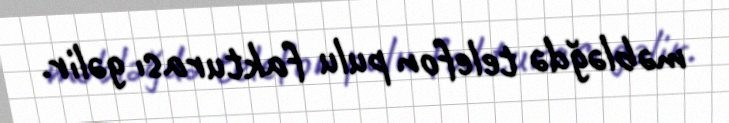
məbləğdə telefon pulu fakturası gəlir.